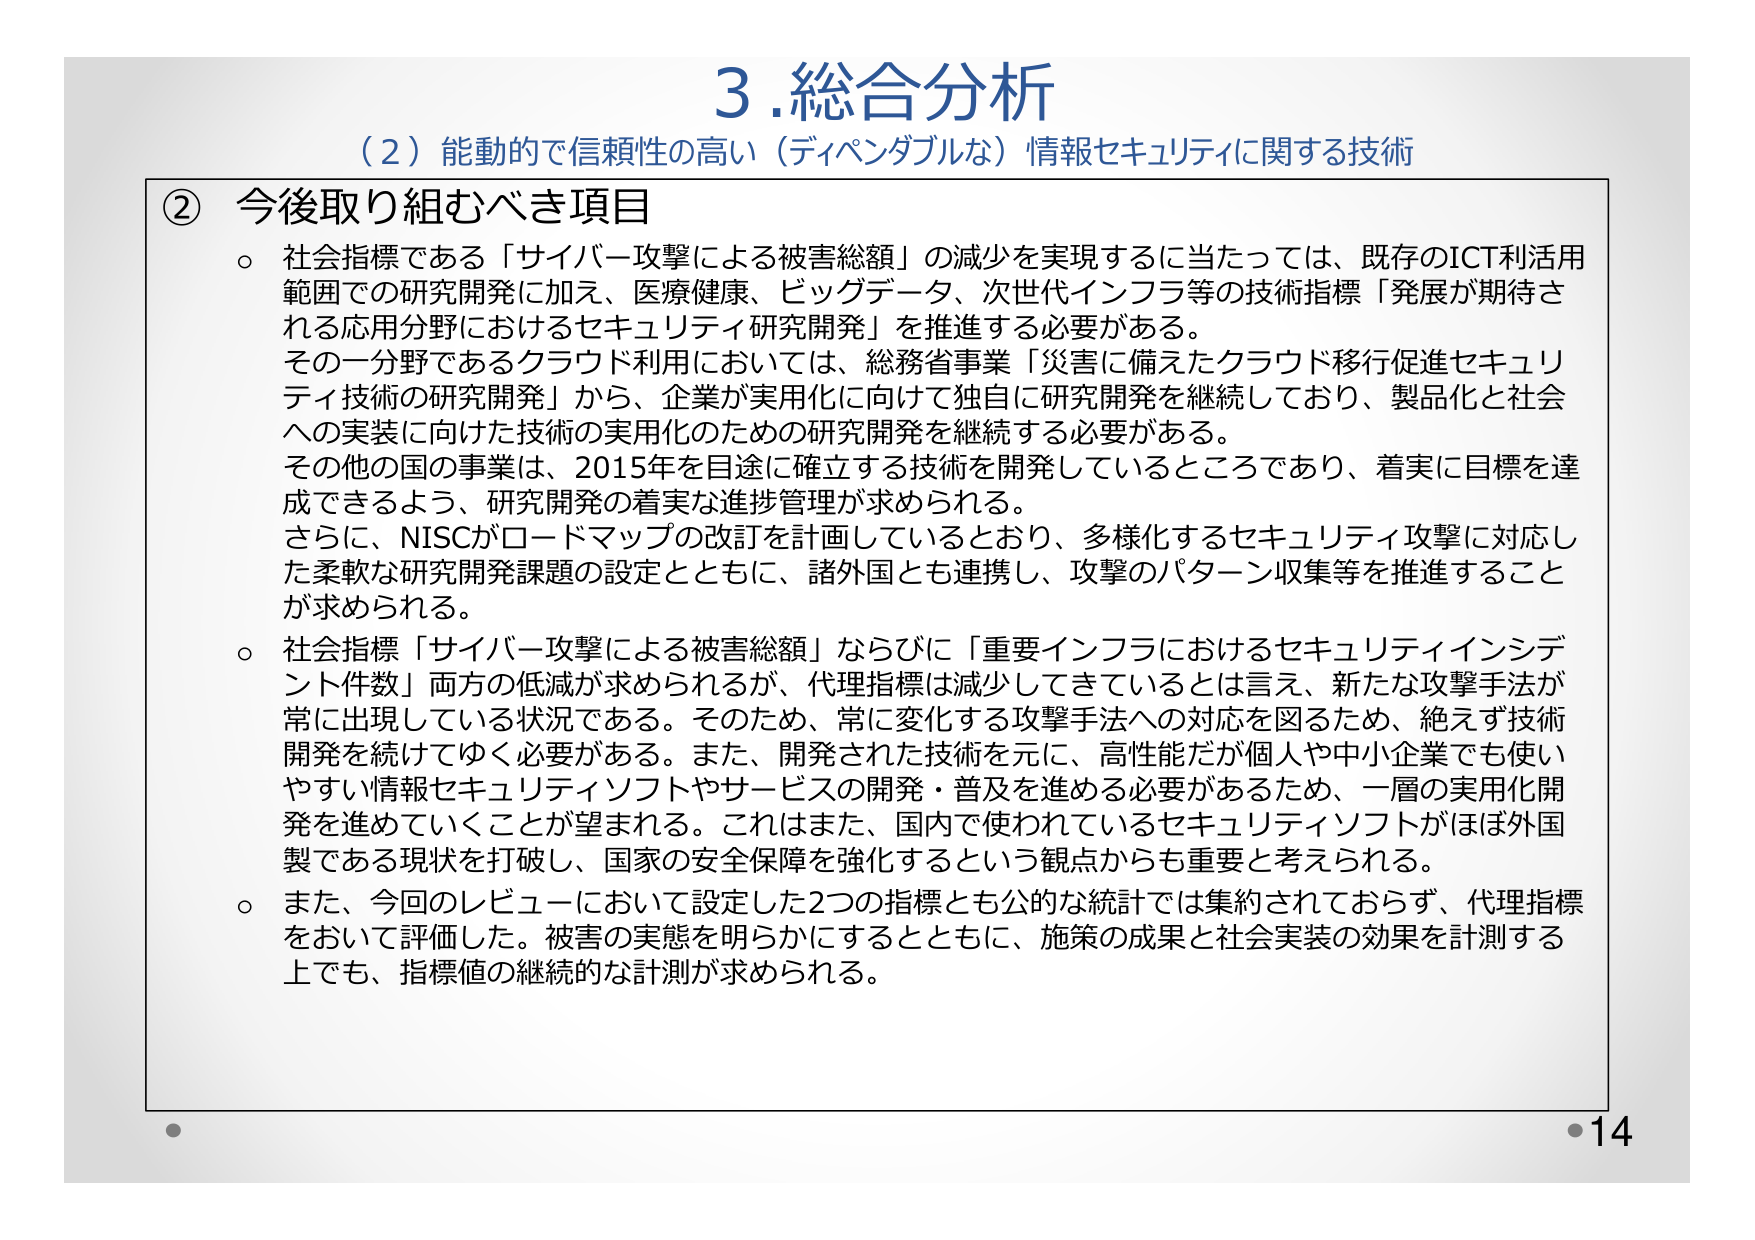
3. 総合分析
（2）能動的で信頼性の高い（ディペンダブルな）情報セキュリティに関する技術

② 今後取り組むべき項目
○ 社会指標である「サイバー攻撃による被害総額」の減少を実現するに当たっては、既存のICT利活用範囲での研究開発に加え、医療健康、ビッグデータ、次世代インフラ等の技術指標「発展が期待される応用分野におけるセキュリティ研究開発」を推進する必要がある。
その一分野であるクラウド利用においては、総務省事業「災害に備えたクラウド移行促進セキュリティ技術の研究開発」から、企業が実用化に向けて独自に研究開発を継続しており、製品化と社会への実装に向けた技術の実用化のための研究開発を継続する必要がある。
その他の国の事業は、2015年を目途に確立する技術を開発しているところであり、着実に目標を達成できるよう、研究開発の着実な進捗管理が求められる。
さらに、NISCがロードマップの改訂を計画しているとおり、多様化するセキュリティ攻撃に対応した柔軟な研究開発課題の設定とともに、諸外国とも連携し、攻撃のパターン収集等を推進することが求められる。

○ 社会指標「サイバー攻撃による被害総額」ならびに「重要インフラにおけるセキュリティインシデント件数」両方の低減が求められるが、代理指標は減少してきているとは言え、新たな攻撃手法が常に出現している状況である。そのため、常に変化する攻撃手法への対応を図るため、絶えず技術開発を続けてゆく必要がある。また、開発された技術を元に、高性能だが個人や中小企業でも使いやすい情報セキュリティソフトやサービスの開発・普及を進める必要があるため、一層の実用化開発を進めていくことが望まれる。これはまた、国内で使われているセキュリティソフトがほぼ外国製である現状を打破し、国家の安全保障を強化するという観点からも重要と考えられる。

○ また、今回のレビューにおいて設定した2つの指標とも公的な統計では集約されておらず、代理指標をおいて評価した。被害の実態を明らかにするとともに、施策の成果と社会実装の効果を計測する上でも、指標値の継続的な計測が求められる。

・14